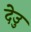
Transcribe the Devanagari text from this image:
देउु